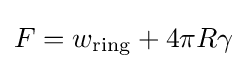
F=w_{\text{ring}}+4\pi R\gamma